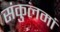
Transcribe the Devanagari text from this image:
संकुलमां